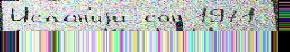
Испа́н'иjи сон 1971